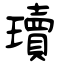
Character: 瓄